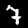
Digit: 7